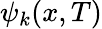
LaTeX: \psi_{k}(x,T)